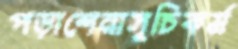
পড়াশেনাসুচিকর্ম